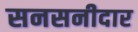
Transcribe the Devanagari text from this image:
सनसनीदार